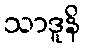
သာဒူနိ